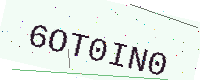
Text: 6OT0IN0